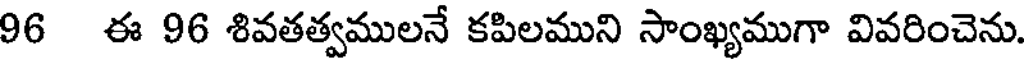
96 ఈ 96 శివతత్వములనే కపిలముని సాంఖ్యముగా వివరించెను.